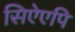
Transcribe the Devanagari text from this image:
सिऐएपि